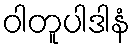
ဝါတူပါဒါနံ